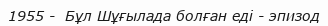
1955 -  Бұл Шұғылада болған еді - эпизод